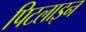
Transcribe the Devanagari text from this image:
पिटलाइन